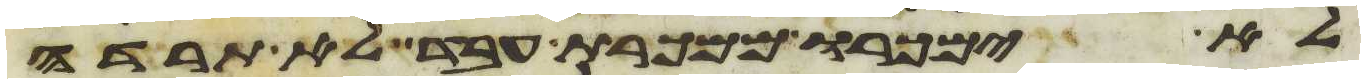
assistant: לא ימכרו ממכרת עבד לא תרדה